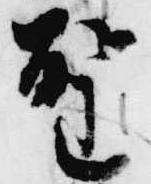
聖